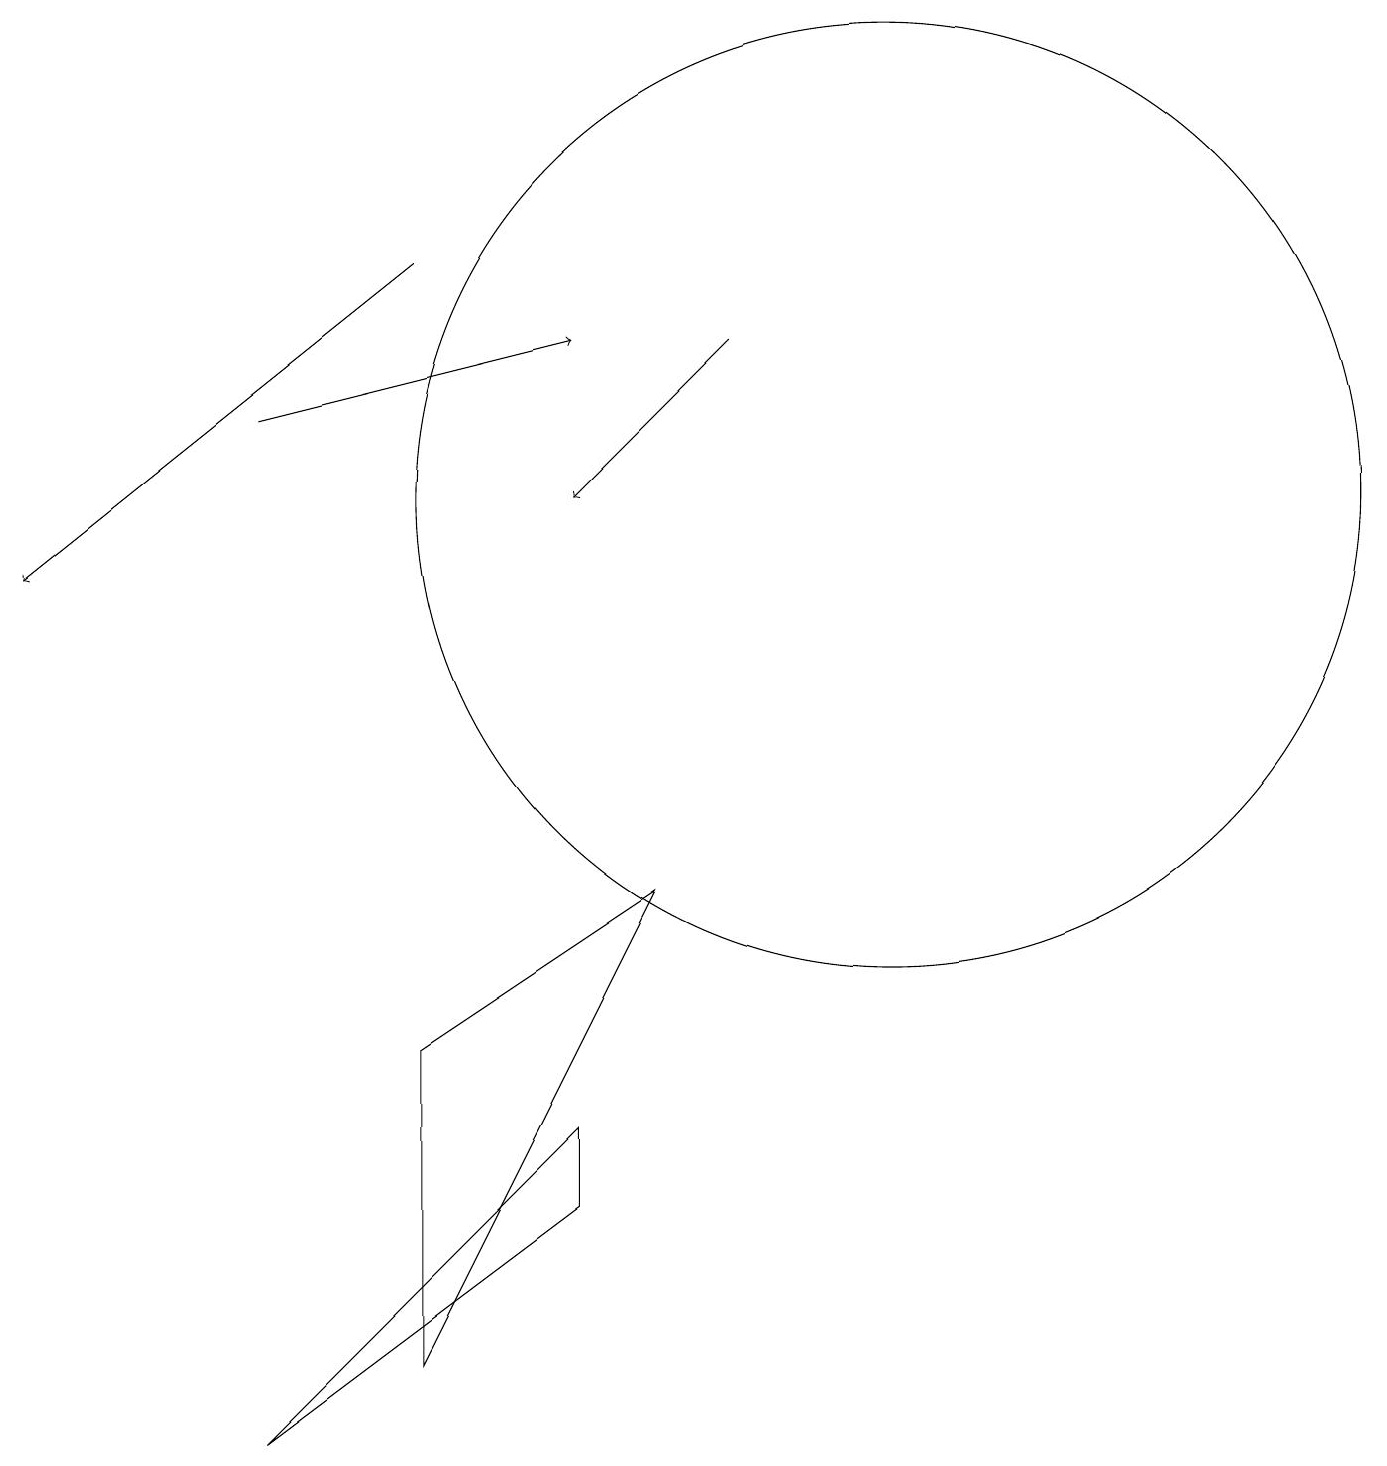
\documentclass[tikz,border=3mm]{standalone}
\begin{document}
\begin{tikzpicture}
\draw (7,3) -- (7,4) -- (3,0) -- cycle;
\draw (5,5) -- (8,7) -- (5,1) -- cycle;
\draw[->] (9,14) -- (7,12);
\draw[->] (3,13) -- (7,14);
\draw (11,12) circle (6);
\draw[->] (5,15) -- (0,11);
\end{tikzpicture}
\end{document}